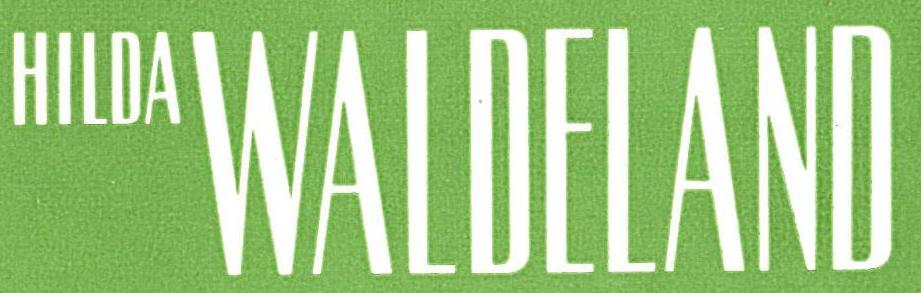
HILDA WALDELAND